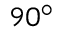
9 0 ^ { \circ }